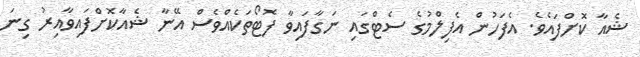
ޝެއާ ކޮށްފައެވެ. އެފަހުން އެފިލްމުގެ ސެޓްގައި ނަގާފައިވާ ފޮޓޯތަކެއްވެސް އޭނާ ޝެއާކޮށްފައިވާއިރު ގިނަ